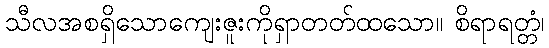
သီလအစရှိသောကျေးဇူးကိုရှာတတ်ထသော။ စိရာရတ္တံ၊